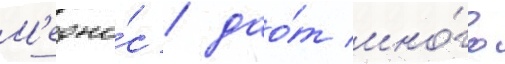
М'едоно́с / дао́т мно́го